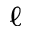
\ell